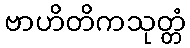
ဗာဟိတိကသုတ္တံ